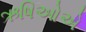
ઋષિઓએ